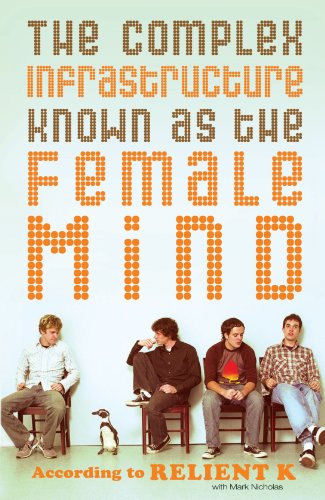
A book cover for The Complex Infrastructure Known as the Female Mind: According to Relient K; Relient K; Teen & Young Adult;